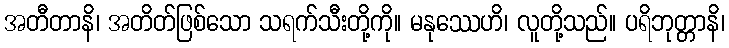
အတီတာနိ၊ အတိတ်ဖြစ်သော သရက်သီးတို့ကို။ မနုဿေဟိ၊ လူတို့သည်။ ပရိဘုတ္တာနိ၊